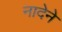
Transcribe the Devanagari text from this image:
नादेने